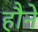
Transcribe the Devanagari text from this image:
हौने